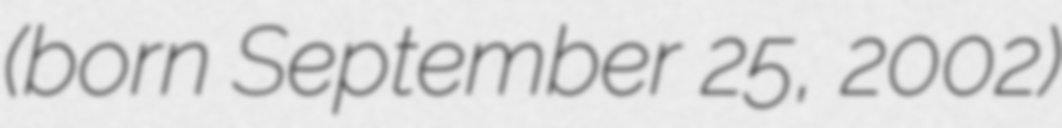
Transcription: (born September 25, 2002)